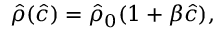
\hat { \rho } ( { \hat { c } } ) = \hat { \rho } _ { 0 } ( 1 + \beta \hat { c } ) ,